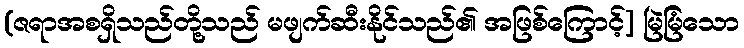
(ဇရာအစရှိသည်တို့သည် မဖျက်ဆီးနိုင်သည်၏ အဖြစ်ကြောင့်] မြဲမြံသော